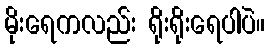
မိုးရေကလည်း ရိုးရိုးရေပါပဲ။